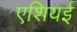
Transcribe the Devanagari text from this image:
एशियई